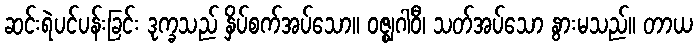
ဆင်းရဲပင်ပန်းခြင်း ဒုက္ခသည် နှိပ်စက်အပ်သော။ ဝဇ္ဈဂါဝီ၊ သတ်အပ်သော နွားမသည်။ တာယ